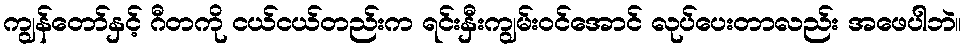
ကျွန်တော်နှင့် ဂီတကို ငယ်ငယ်တည်းက ရင်းနှီးကျွမ်းဝင်အောင် လုပ်ပေးတာလည်း အဖေပါဘဲ။